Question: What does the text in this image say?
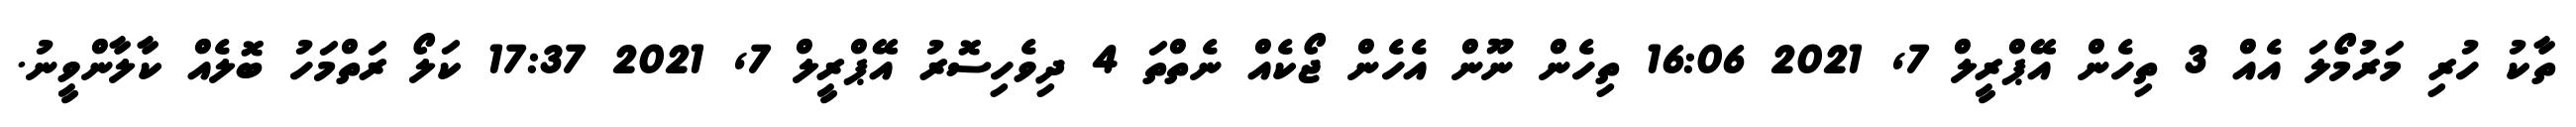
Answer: ތާކު ހުރި މަރުމޯލަ އެއް 3 ތިހެން އޭޕްރީލް 7, 2021 16:06 ތިހެން ނޫން އެހެން ޖޯކެއް ނެތްތަ 4 ދިވެހިސޮރު އޭޕްރީލް 7, 2021 17:37 ކަލޯ ރަތްމަހު ބޮލެއް ކާލާންވީނު.